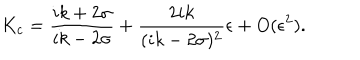
LaTeX: K _ { c } = \frac { i k + 2 \sigma } { i k - 2 \sigma } + \frac { 2 i k } { ( i k - 2 \sigma ) ^ { 2 } } \epsilon + O ( \epsilon ^ { 2 } ) .